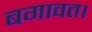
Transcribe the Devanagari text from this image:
बगावत।